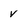
Character: v